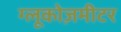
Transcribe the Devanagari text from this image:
ग्लूकोज़मीटर